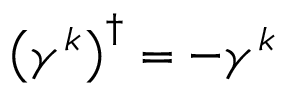
\left( \gamma ^ { k } \right) ^ { \dagger } = - \gamma ^ { k }